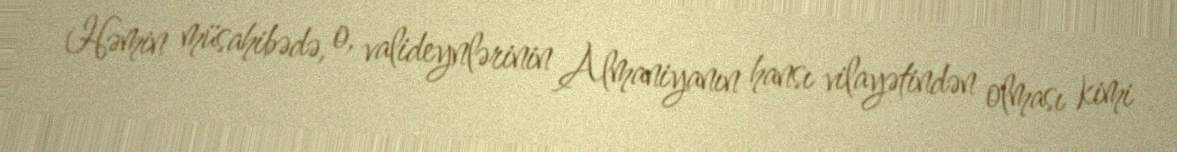
Həmin müsahibədə, o, valideynlərinin Almaniyanın hansı vilayətindən olması kimi